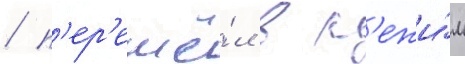
/ п'ер'ешё́л в р'ежи́м